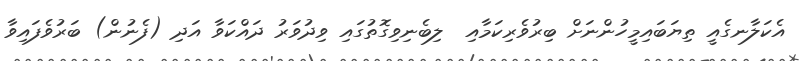
އެކަލާނގެއީ ތިޔަބައިމީހުންނަށް ބިރުވެރިކަމާއި  ލިބެނިވިގޮތުގައި ވިދުވަރު ދައްކަވާ އަދި (ފެނުން) ބަރުވެފައިވާ